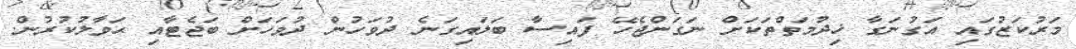
މަރުކަޒުގައި އަގުނަގާ ޚިދުމަތްތަކަށް ނަގަންޖެހޭ ފައިސާ ބަލައިގަނެ ދުވަހުން ދުވަހަށް ބަޖެޓާއި ޙަވާލުކުރުން.